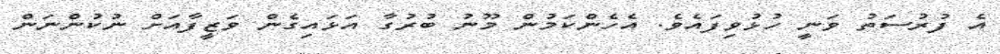
އެ ފުރުސަތު ވަނީ ހުޅުވިފައެވެ. އެހެންކަމުން މޫނު ބުރުގާ އަޅައިގެން ވަޒީފާއަށް ނުކުންނަން